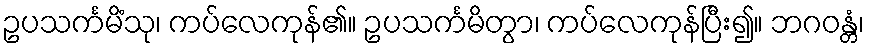
ဥပသင်္ကမိံသု၊ ကပ်လေကုန်၏။ ဥပသင်္ကမိတွာ၊ ကပ်လေကုန်ပြီး၍။ ဘဂဝန္တံ၊